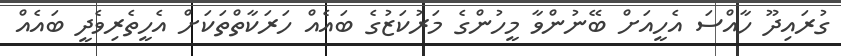
ގުރައިދޫ ހާއްސަ އެހީއަށް ބޭނުންވާ މީހުންގެ މަރުކަޒުގެ ބައެއް ހަރަކާތްތަކަށް އެހީތެރިވެދީ ބައެއް